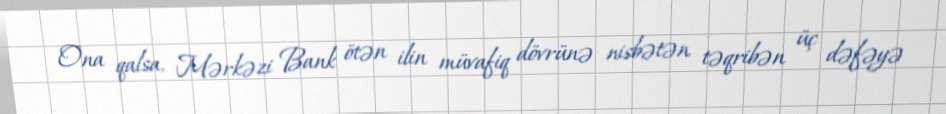
Ona qalsa, Mərkəzi Bank ötən ilin müvafiq dövrünə nisbətən təqribən üç dəfəyə